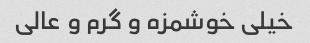
خیلی خوشمزه و گرم‌ و عالی